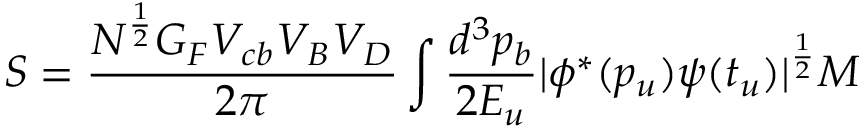
S = { \frac { N ^ { \frac { 1 } { 2 } } G _ { F } V _ { c b } V _ { B } V _ { D } } { 2 \pi } } \int { \frac { d ^ { 3 } p _ { b } } { 2 E _ { u } } } | \phi ^ { * } ( p _ { u } ) \psi ( t _ { u } ) | ^ { \frac { 1 } { 2 } } M